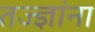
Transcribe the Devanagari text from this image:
तज्‍ज्ञांना